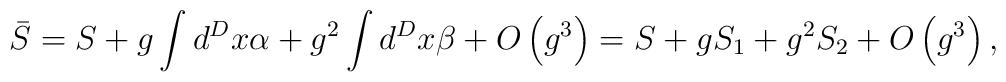
\bar S=S+g\int d^Dx\alpha +g^2\int d^Dx\beta +O\left( g^3\right)=S+gS_1+g^2S_2+O\left( g^3\right) ,